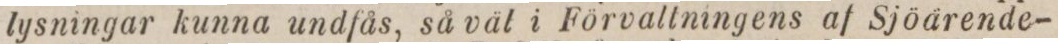
lysningar kunna undfås, så väl i Förvaltningens af Sjöärende-